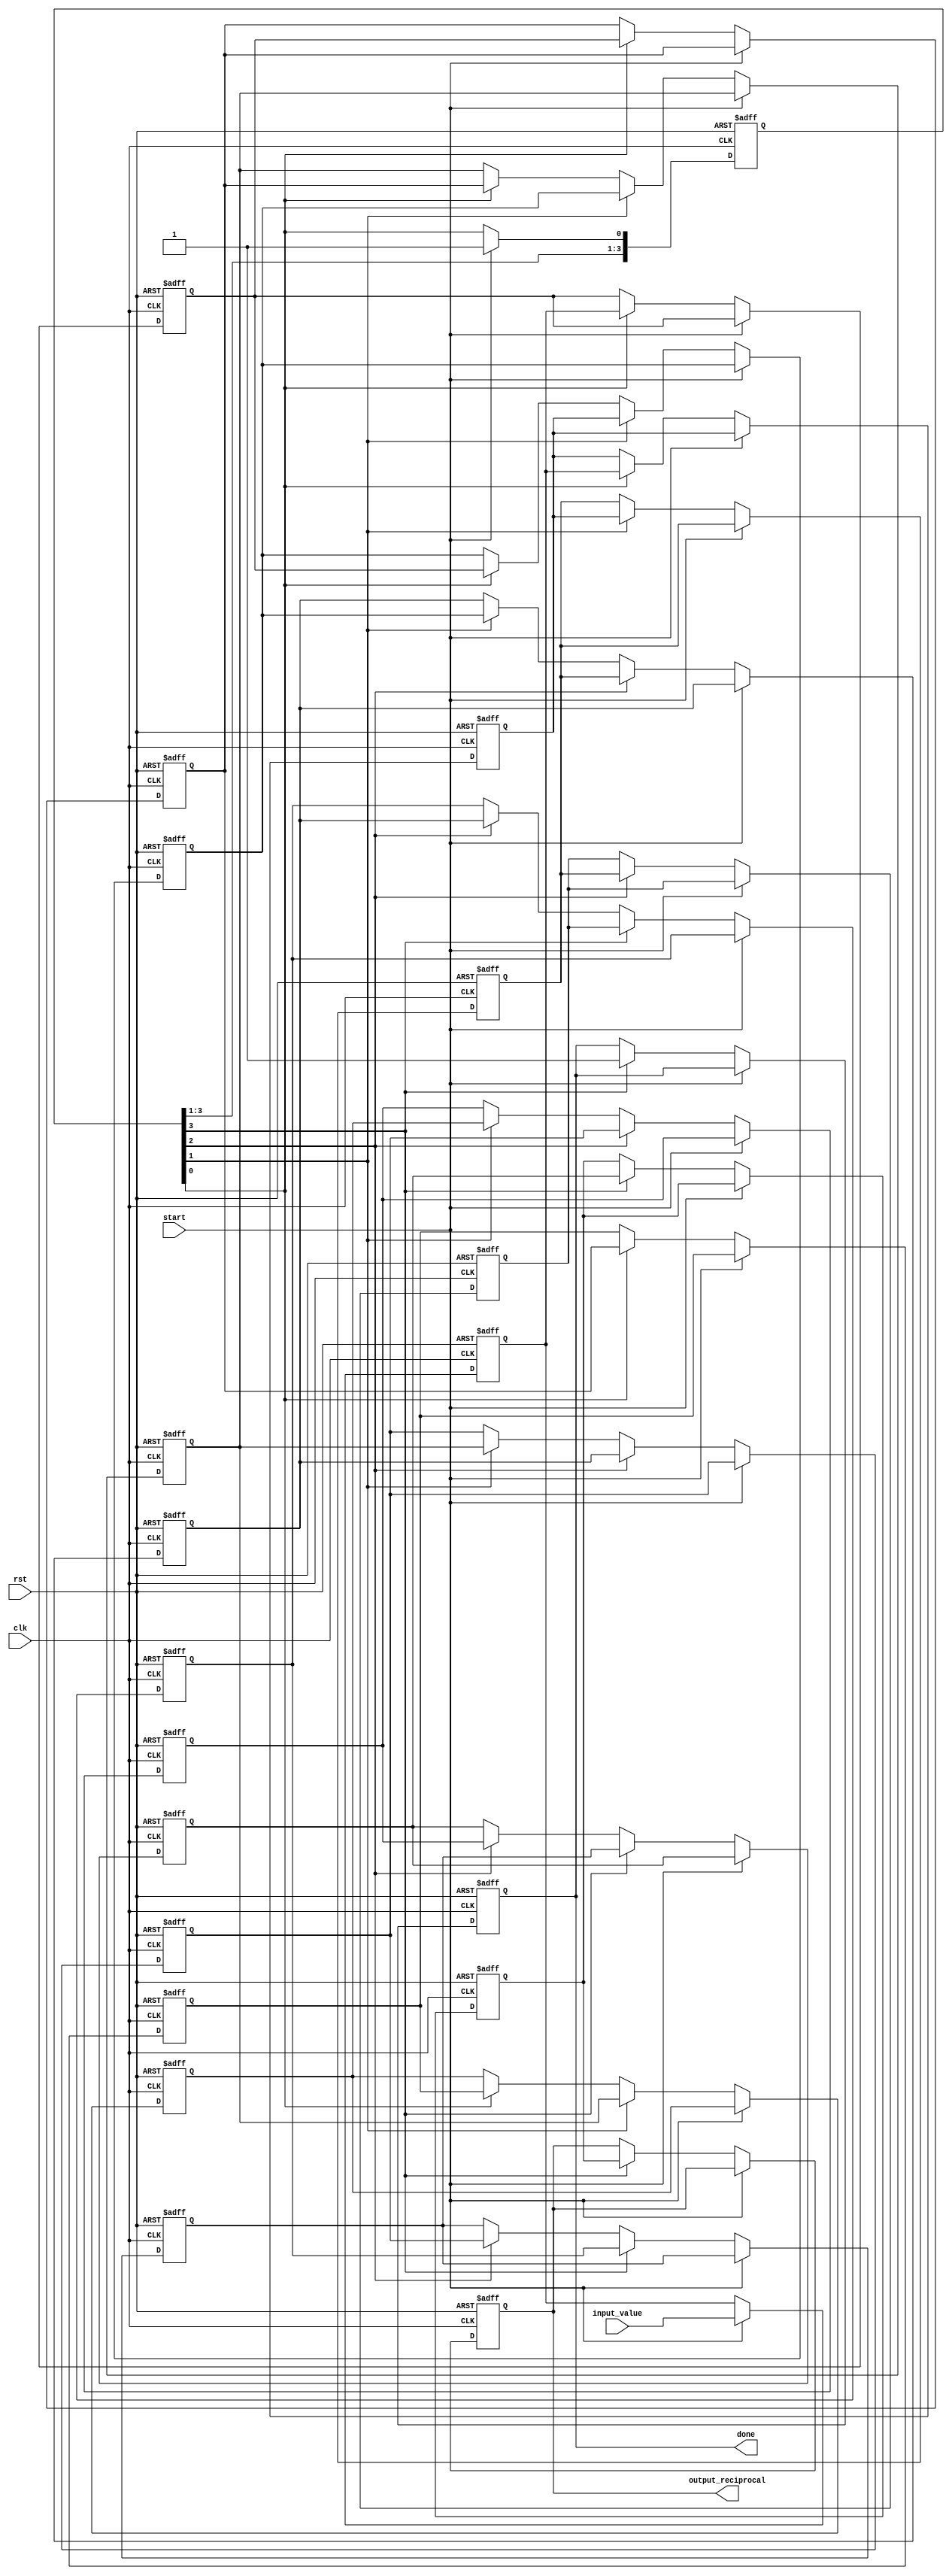
module systolic_array_reciprocal #(
    parameter PE_ROWS = 4, // Number of rows in the systolic array
    parameter PE_COLS = 4, // Number of columns in the systolic array
    parameter DATA_WIDTH = 16 // Bit-width of the input data
)(
    input wire clk,
    input wire rst,
    input wire start,
    input wire [DATA_WIDTH-1:0] input_value,
    output reg [DATA_WIDTH-1:0] output_reciprocal,
    output reg done
);

    // Processing Element (PE) structure
    reg [DATA_WIDTH-1:0] pe [0:PE_ROWS-1][0:PE_COLS-1]; // Array of PEs
    reg [DATA_WIDTH-1:0] intermediate_results [0:PE_ROWS-1][0:PE_COLS-1]; // Intermediate results
    reg [PE_ROWS-1:0] valid_data; // Track valid data in each row
    integer i, j;

    // Control logic
    always @(posedge clk or posedge rst) begin
        if (rst) begin
            done <= 0;
            output_reciprocal <= 0;
            valid_data <= 0;
            for (i = 0; i < PE_ROWS; i = i + 1) begin
                for (j = 0; j < PE_COLS; j = j + 1) begin
                    pe[i][j] <= 0;
                    intermediate_results[i][j] <= 0;
                end
            end
        end else if (start) begin
            // Load input value into the first PE
            pe[0][0] <= input_value;
            valid_data[0] <= 1; // Mark the first row as valid
        end else begin
            // Systolic array processing
            for (i = 0; i < PE_ROWS; i = i + 1) begin
                for (j = 0; j < PE_COLS; j = j + 1) begin
                    if (valid_data[i]) begin
                        // Perform reciprocal calculation (placeholder for actual algorithm)
                        // Here we just pass the value to the next PE for demonstration
                        if (j < PE_COLS - 1) begin
                            pe[i][j + 1] <= pe[i][j]; // Pass to the right
                        end
                        if (i < PE_ROWS - 1) begin
                            pe[i + 1][j] <= pe[i][j]; // Pass downwards
                        end
                        // Update intermediate result (placeholder)
                        intermediate_results[i][j] <= pe[i][j]; // Store intermediate result
                    end
                end
            end
            
            // Check if processing is done
            if (valid_data[PE_ROWS-1]) begin
                output_reciprocal <= intermediate_results[PE_ROWS-1][PE_COLS-1]; // Get final result
                done <= 1; // Indicate completion
            end
        end
    end

endmodule